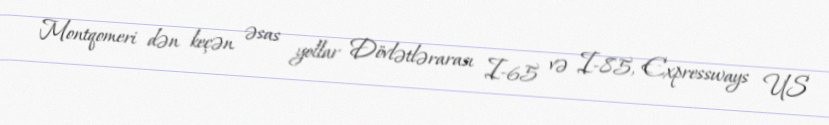
Montqomeri dən keçən əsas yollar Dövlətlərarası I-65 və I-85, Expressways US